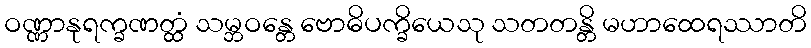
ဝဏ္ဏာနုရက္ခဏတ္ထံ သမ္ဘဝန္တေ ဗောဓိပက္ခိယေသု သတတန္တိ မဟာထေရဿာတိ